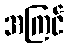
အကြင်